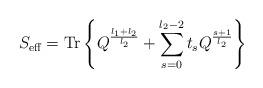
LaTeX: \begin{align*}S_{\mbox{\scriptsize{eff}}} = \mbox{Tr} \left\{ Q^{\frac{l_1+l_2}{l_2}}+\sum_{s=0}^{l_2-2} t_s Q^{\frac{s+1}{l_2}} \right\}\end{align*}